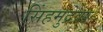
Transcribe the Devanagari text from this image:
सिंहमुद्रेवर